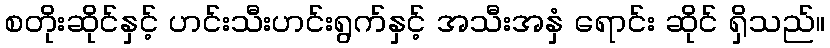
စတိုးဆိုင်နှင့် ဟင်းသီးဟင်းရွက်နှင့် အသီးအနှံ ရောင်း ဆိုင် ရှိသည်။